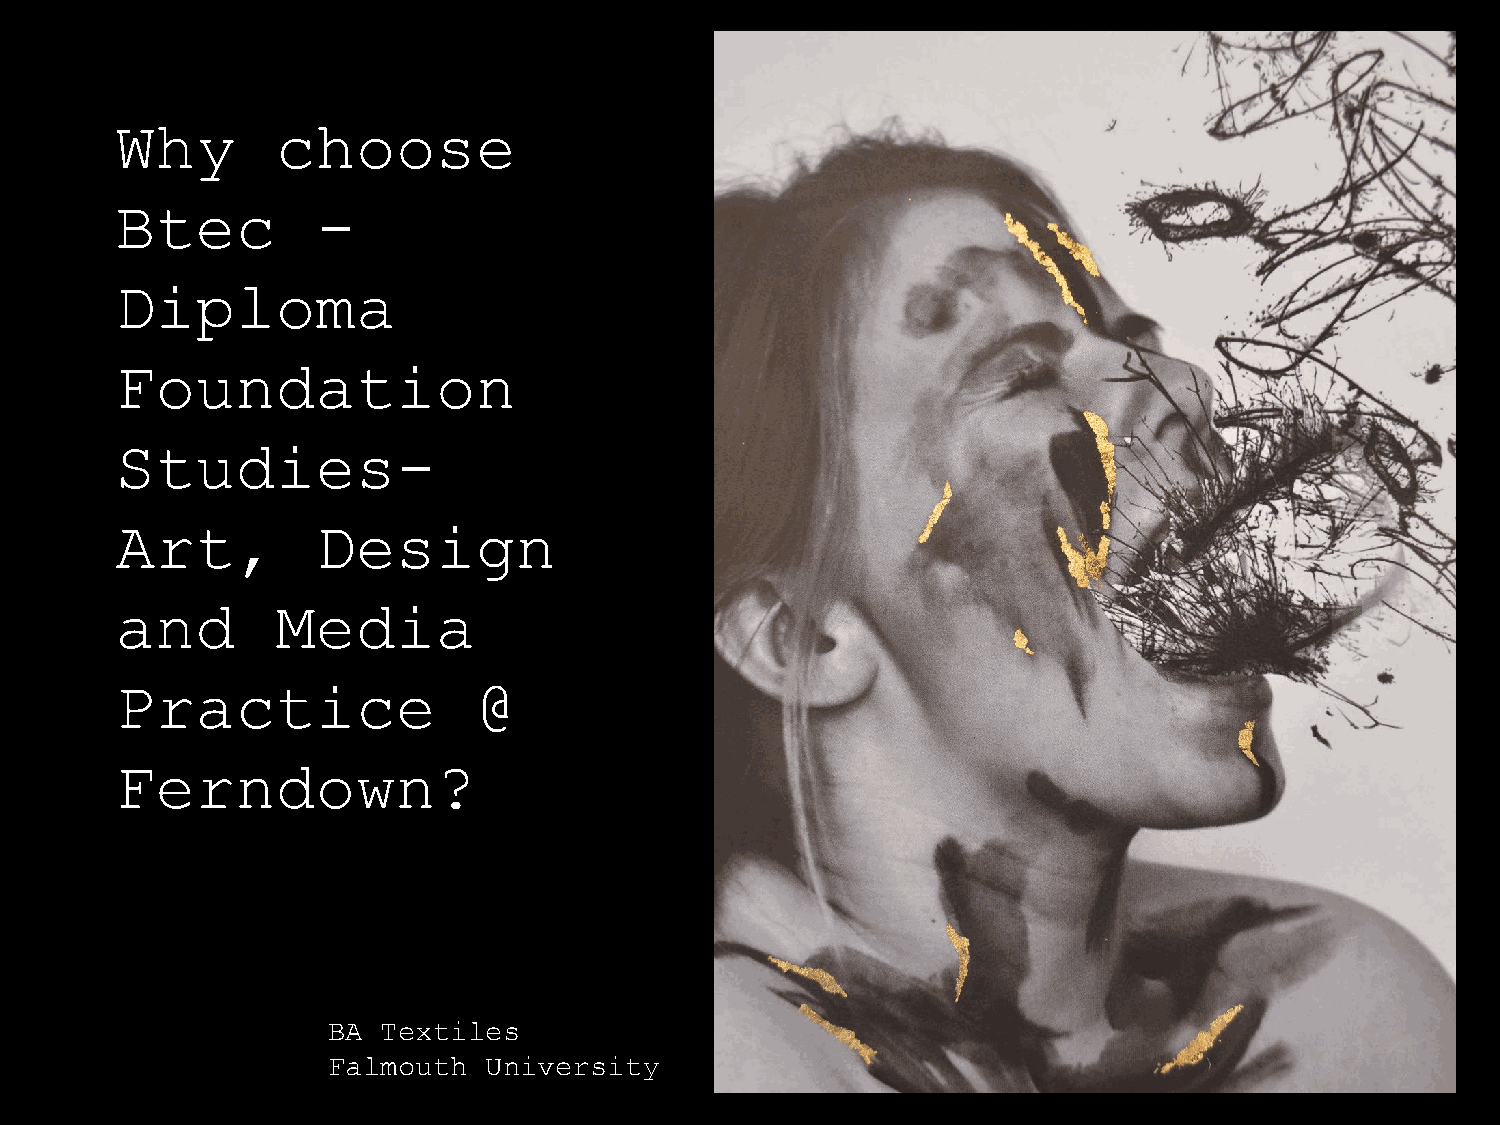
Why       choose
 Btec         -
 Diploma
 Foundation
 Studies-
 Art,         Design
 and       Media
 Practice                @
 Ferndown?
 BA Textiles
 Falmouth  University